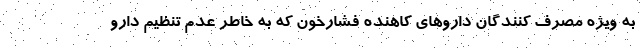
به ویژه مصرف کنندگان داروهای کاهنده فشارخون که به خاطر عدم تنظیم دارو